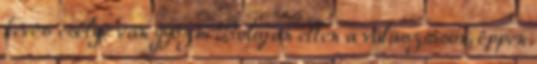
kevés esélye van győzni Bolojan ellen a választáson, éppen